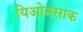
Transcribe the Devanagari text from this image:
यिओनसाक